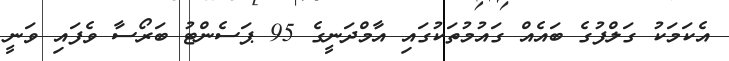
އެކަމަކު ގަލްފުގެ ބައެއް ގައުމުތަކުގައި އާމްދަނީގެ 95 ޕަސެންޓު ބަރޯސާ ވެފައި ވަނީ